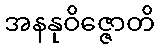
အနနုဝိဇ္ဇောတိ